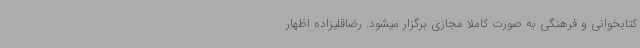
کتابخوانی و فرهنگی به صورت کاملا مجازی برگزار میشود. رضاقلیزاده اظهار